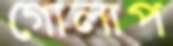
গোলাপ